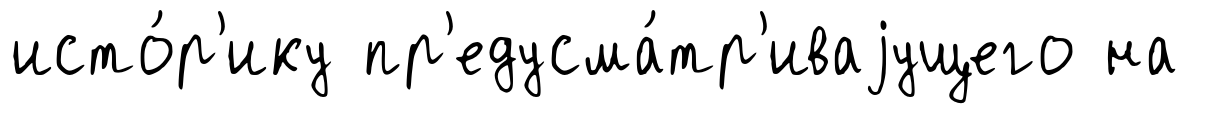
исто́р'ику пр'едусма́тр'иваjущего на